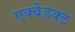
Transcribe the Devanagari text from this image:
एक्वेडक्ट